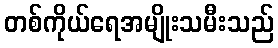
တစ်ကိုယ်ရေအမျိုးသမီးသည်